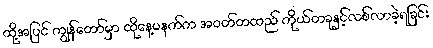
ထို့အပြင် ကျွန်တော်မှာ ထိုနေ့မနက်က အဝတ်တထည် ကိုယ်တခုနှင့်လစ်လာခဲ့ရခြင်း